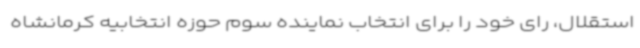
استقلال، رای خود را برای انتخاب نماینده سوم حوزه انتخابیه کرمانشاه